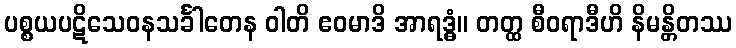
ပစ္စယပဋိသေဝနသင်္ခါတေန ဝါတိ ဧဝမာဒိ အာရဒ္ဓံ။ တတ္ထ စီဝရာဒီဟိ နိမန္တိတဿ